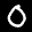
Label: 0